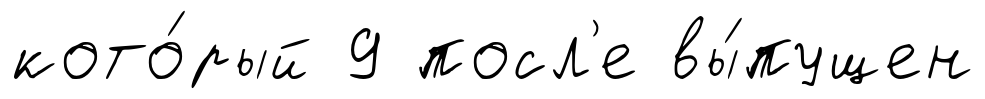
кото́рый 9 посл'е вы́пущен